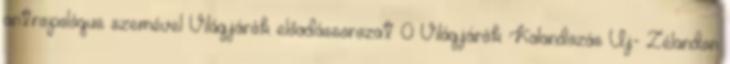
antropológus szemével Világjárók előadássorozat 0 Világjárók: Kalandozás Új- Zélandon